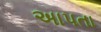
અાપતા